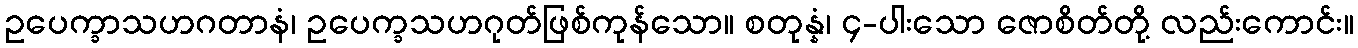
ဥပေက္ခာသဟဂတာနံ၊ ဥပေက္ခသဟဂုတ်ဖြစ်ကုန်သော။ စတုန္နံ၊ ၄-ပါးသော ဇောစိတ်တို့ လည်းကောင်း။